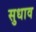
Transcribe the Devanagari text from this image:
सुधाव